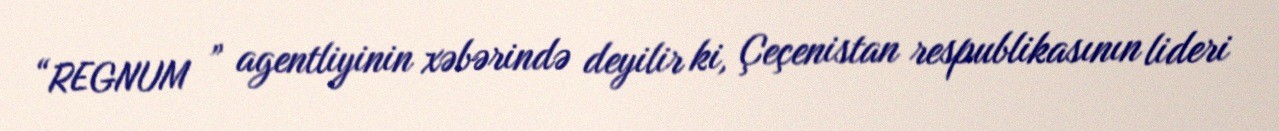
“REGNUM ” agentliyinin xəbərində deyilir ki, Çeçenistan respublikasının lideri